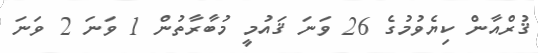
ޤުރްއާން ކިޔެވުމުގެ 26 ވަނަ ޤައުމީ މުބާރާތުން 1 ވަނަ 2 ވަނަ